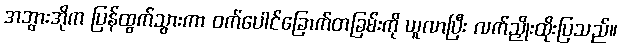
အဘွားအိုက ပြန်ထွက်သွားကာ ဝက်ပေါင်ခြောက်တခြမ်းကို ယူလာပြီး လက်ညှိုးထိုးပြသည်။